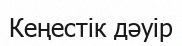
Кеңестік дәуір